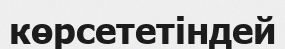
көрсететіндей